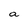
Character: a